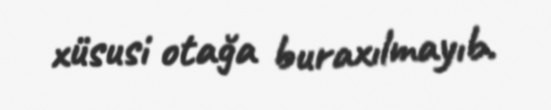
xüsusi otağa buraxılmayıb.